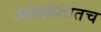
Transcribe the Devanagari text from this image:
आढळतातच